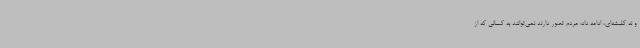
و نه کلیشه‌ای، ادامه داد: مردم تصور دارند نمی‌توانند به کسانی که از